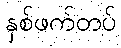
နှစ်ဖက်တပ်